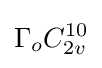
\Gamma _{o}C_{2v}^{10}